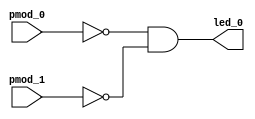
// AND gate example
//
// Inputs:
//      pmod_0  - pushbutton
//      pmod_1  - pushbutton
// Outputs:
//      led_0   - LED
//
// LED will turn on if both pushbuttons are pressed (~pmod_0 & ~pmod_1).
//
// License: 0BSD

// Module: when buttons 1 and 2 are pressed, turn on LED
module and_gate (

    // Inputs
    input   pmod_0,
    input   pmod_1,
    
    // Outputs
    output  led_0
);

    // Continuous assignment: NOT and AND operators
    assign led_0 = ~pmod_0 & ~pmod_1;
    
endmodule